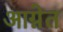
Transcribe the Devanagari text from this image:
आग्नेत